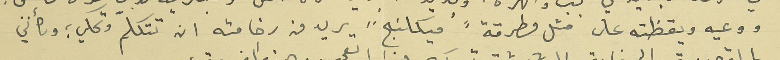
ووعيه ويقظته على مثل مطرقة "ميكلنج" يريد من رخامته ان تتكلم وتحكي ؛ وكأنني